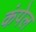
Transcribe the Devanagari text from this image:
कंपेल